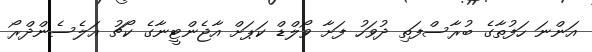
އަންނަ ހަފުތާގެ ބުރާސްފަތި ދުވަހު ފަށާ ވޯލްޑް ކަޕަށް އާޖެންޓީނާގެ ކޯޗު އަލެސެންދްރޯ